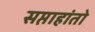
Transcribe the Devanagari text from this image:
सप्ताहांतो